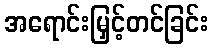
အရောင်းမြှင့်တင်ခြင်း